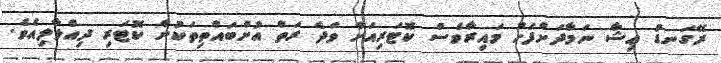
ރޭގަނޑު ޢިޝާ ނަމާދަށްފަހު މައިރާވެސް ކޮޓަރިއަށް ވަދެ ރަތް އުށްބައްތިތަކުން ކޮޓަރި ދިއްލާލިއެވެ.